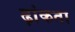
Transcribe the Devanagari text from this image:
ढ़ांकता